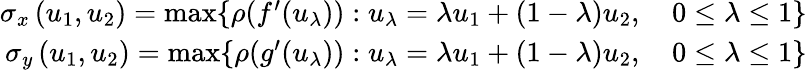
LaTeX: \begin{array}{r}{\sigma_{x}\left(u_{1},u_{2}\right)=\operatorname*{max}\{ \rho(f^{\prime}(u_{\lambda})):u_{\lambda}=\lambda u_{1}+(1-\lambda)u_{2},\quad 0\le\lambda\le 1\} }\\ {\sigma_{y}\left(u_{1},u_{2}\right)=\operatorname*{max}\{ \rho(g^{\prime}(u_{\lambda})):u_{\lambda}=\lambda u_{1}+(1-\lambda)u_{2},\quad 0\le\lambda\le 1\} }\end{array}